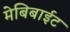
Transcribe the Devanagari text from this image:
मेबिबाईट